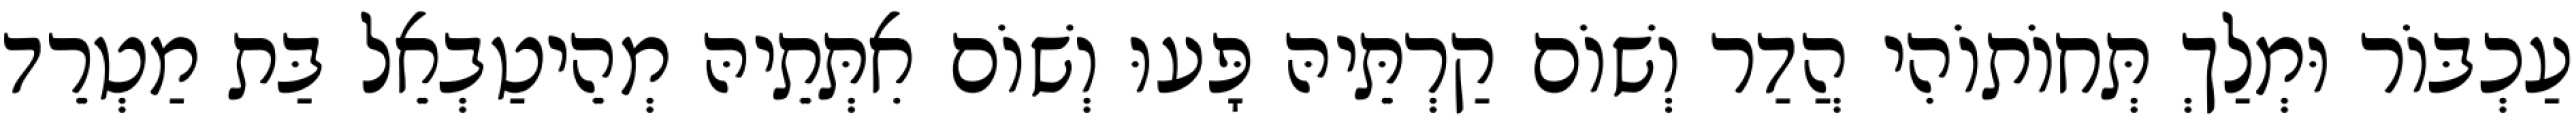
עַכְבּוֹר וּמְלַךְ תְּחוֹתוֹהִי הֲדַר וְשׁוֹם קַרְתֵּיהּ פָּעוּ וְשׁוֹם אִתְּתֵיהּ מְהֵיטַבְאֵל בַּת מַטְרֵד